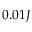
0 . 0 1 J